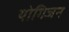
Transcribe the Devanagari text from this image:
योगिजन